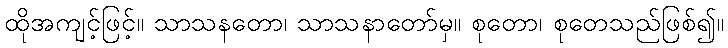
ထိုအကျင့်ဖြင့်။ သာသနတော၊ သာသနာတော်မှ။ စုတော၊ စုတေသည်ဖြစ်၍။